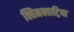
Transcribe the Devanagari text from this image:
क्विनक्वाट्रिया